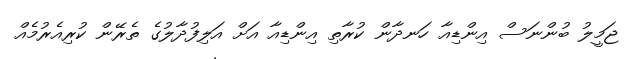
ޖަމީލު ބުންނަސް އިންޑިއާ ހަނދާން ކުރާތި އިންޑިއާ އަށް އަލިފުދާލުގެ ތެރޭން ކުރިއެރުމެއް